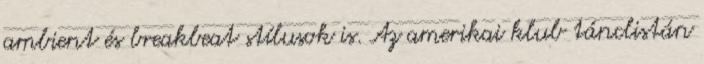
ambient és breakbeat stílusok is. Az amerikai klub tánclistán